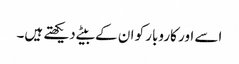
اسے اور کاروبار کو ان کے بیٹے دیکھتے ہیں۔